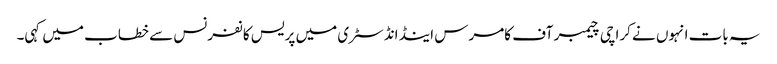
یہ بات انہوں نے کراچی چیمبر آف کامرس اینڈ انڈسٹری میں پریس کانفرنس سے خطاب میں کہی۔